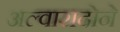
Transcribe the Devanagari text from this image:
अल्वारादोने